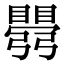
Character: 𥋡